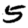
Digit: 5